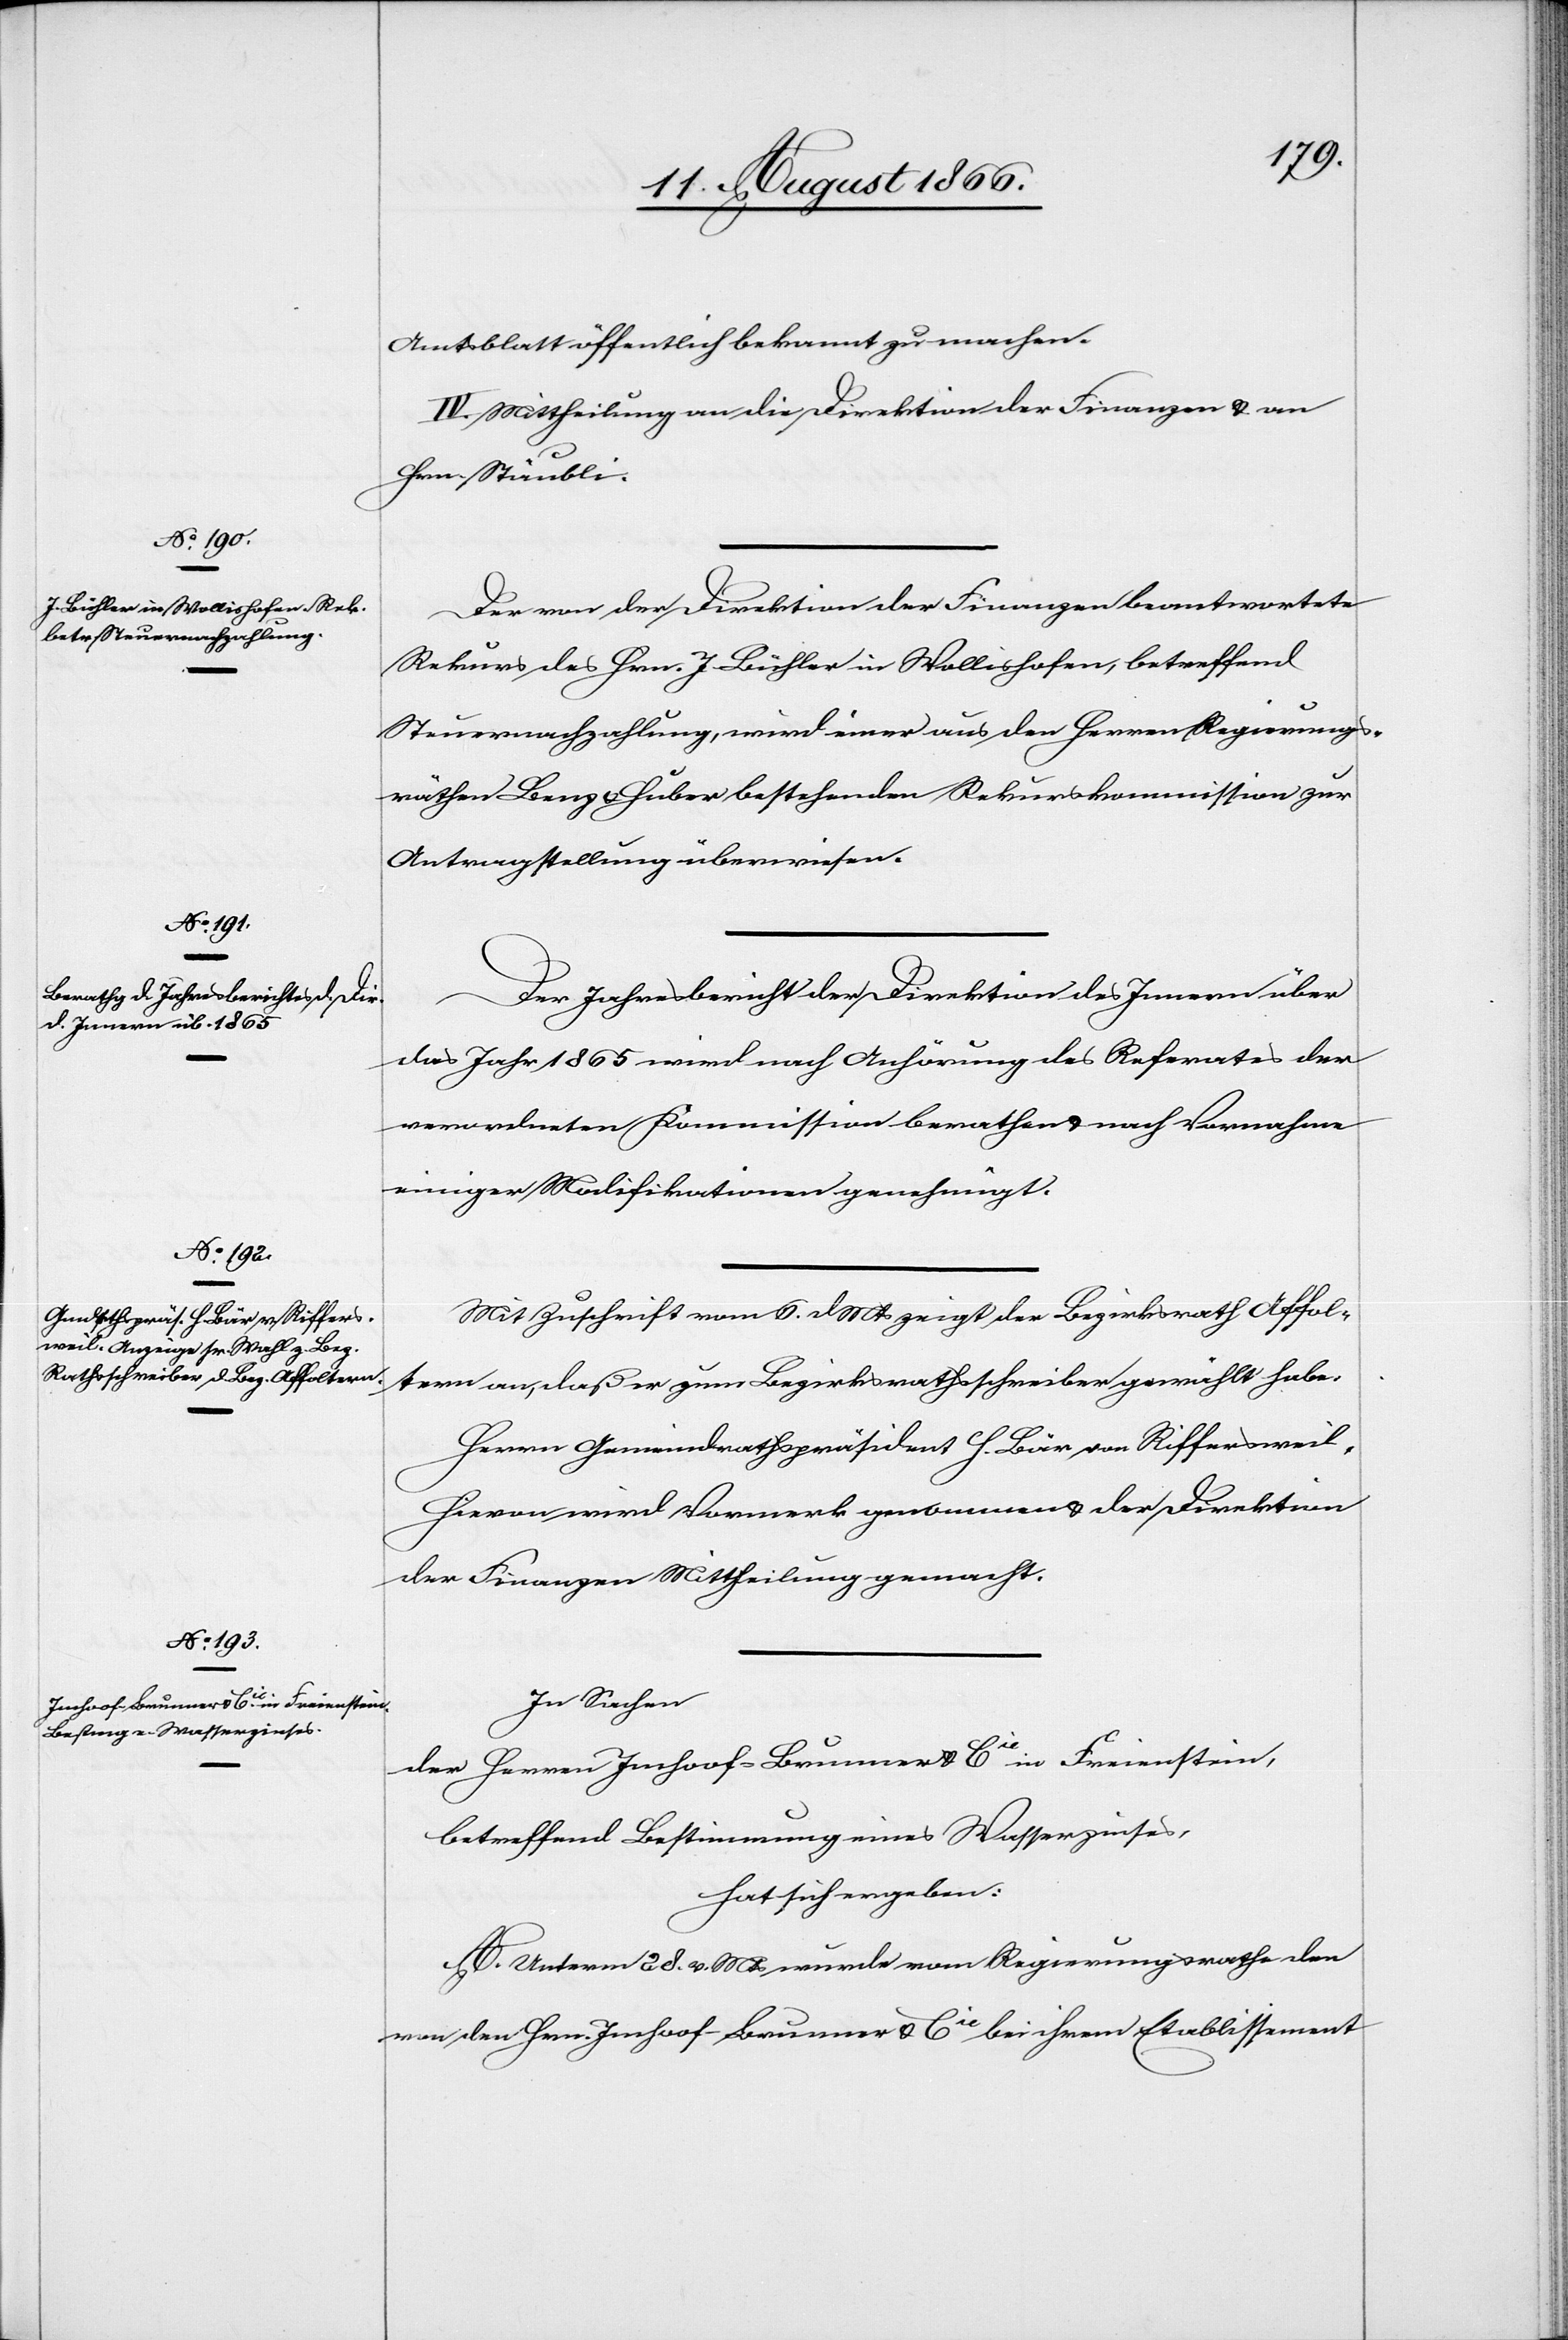
Amtsblatt öffentlich bekannt zu machen.
III. Mittheilung an die Direktion der Finanzen u. an
Hrn. Stäubli.
Der von der Direktion der Finanzen beantwortete
Rekurs des Hrn. J. Bühler in Wollishofen, betreffend
Steuernachzahlung, wird einer aus den Herren Regierungs¬
räthen Benz u. Huber bestehenden Rekurskommission zur
Antragstellung überwiesen.
Der Jahresbericht der Direktion des Innern über
das Jahr 1865 wird nach Anhörung des Referates der
verordneten Kommission berathen u. nach Vornahme
einiger Modifikationen genehmigt.
Mit Zuschrift vom 6. dMts zeigt der Bezikrsrath Affol¬
tern an, daß er zum Bezirksrathsschreiber gewählt habe:
Herrn Gemeindrathspräsident H. Bär von Riffersweil.
Hievon wird Vormerk genommen u. der Direktion
der Finanzen Mittheilung gemacht.
In Sachen
der Herren Imhoof-Brunner u. Cie. in Freienstein,
betreffend Bestimmung eines Wasserzinses,
hat sich ergeben:
A. Unterm 28. v. Mts. wurde vom Regierungsrathe den
von den Hrn. Imhoof-Brunner u. Cie. bei ihrem Etablissement